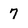
Character: 7